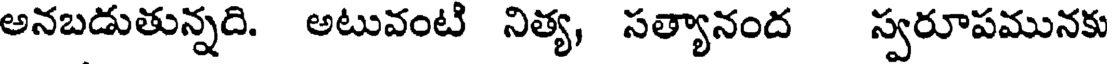
అనబడుతున్నది. అటువంటి నిత్య, సత్యానంద స్వరూపమునకు